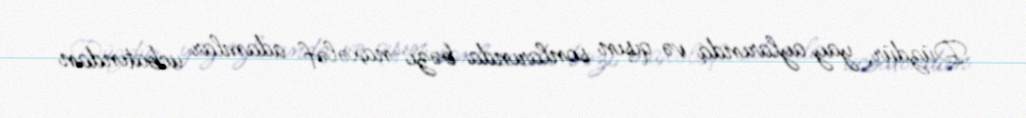
Düzdür, yay aylarında və qışın sonlarında bəzi naxələf adamlar ucbatından